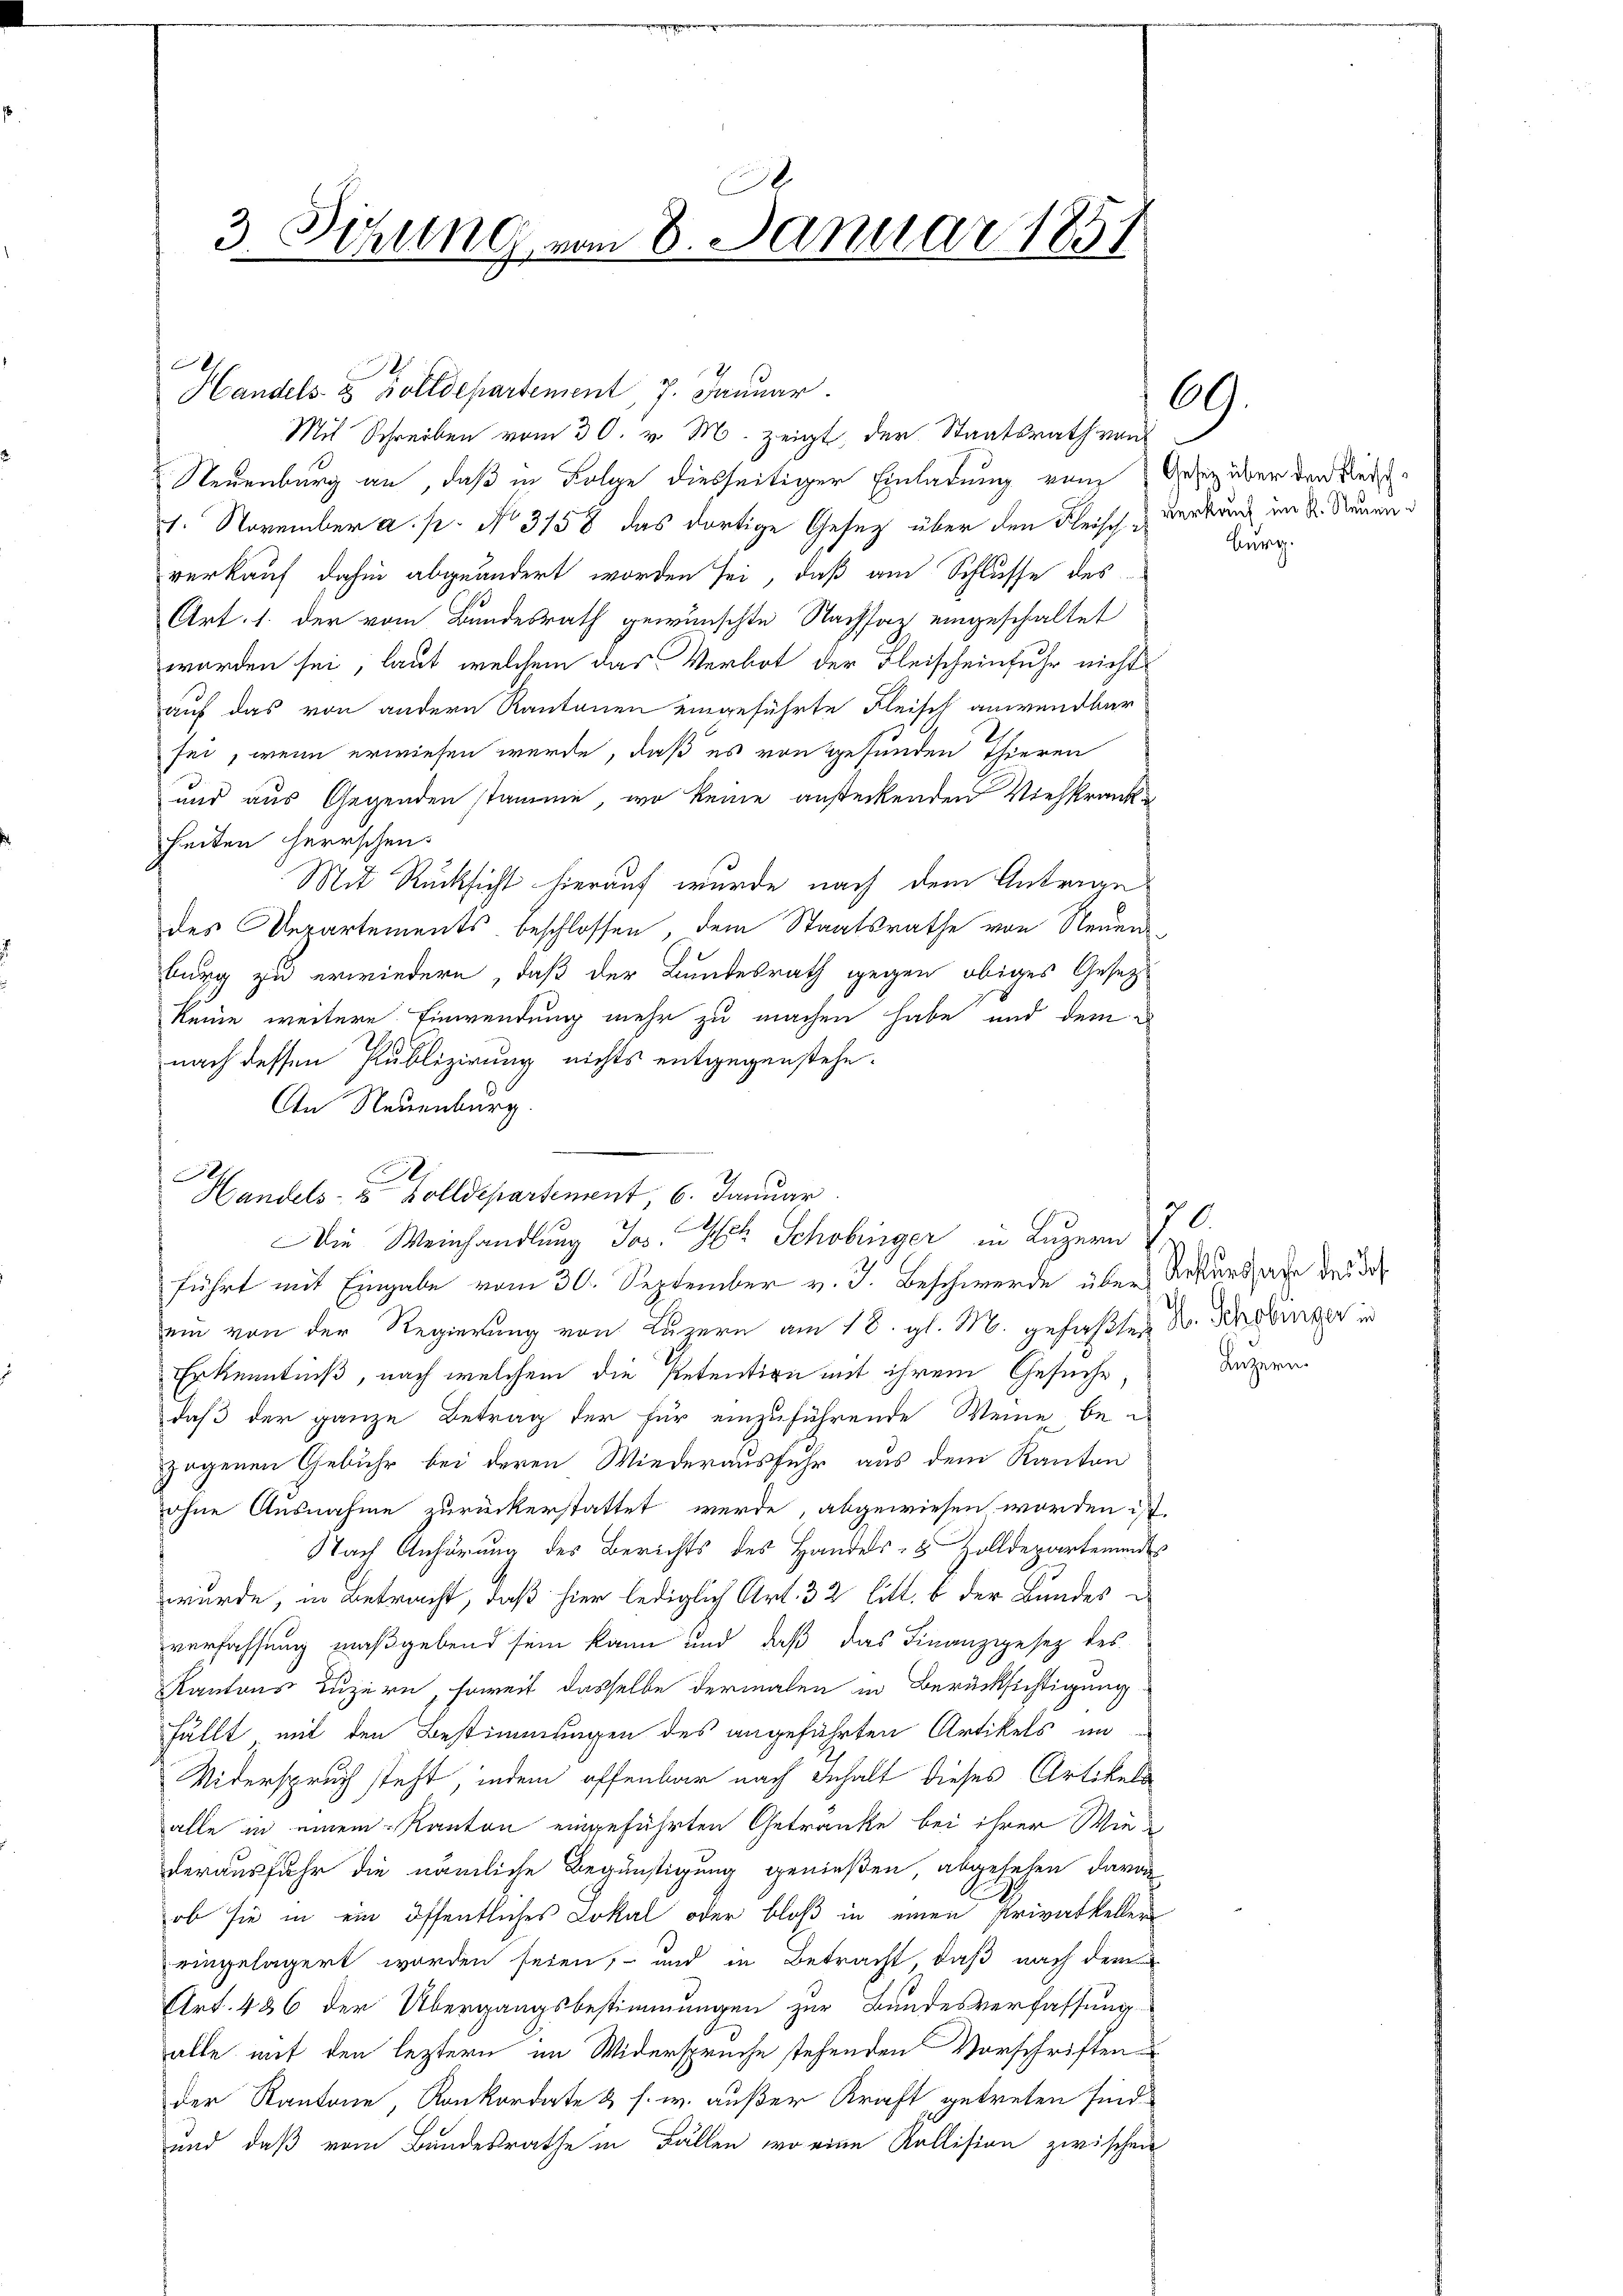
Handels- & Zolldepartement, 7. Januar.
Neuenburg an, daß in Folge diesseitiger Einladung vom Gesitz über den Reich¬
21. November a. p. No 3158 das dortige Gesetz über den Fleisch verbund im S. Sauer
verkauf dahin abgeändert worden sei, daß am Schlusse des
Art. 1. der vom Bundesrath gewünschte Nachsaz eingeschaltet
worden sei, laut welchem das Verbot der Fleischeinfuhr nicht
auf das von andern Kantonen eingeführte Fleisch anwendbar
sei, wenn erwiesen werde, daß es von gefunden Thieren
und aus Gegenden stamme, wo keine ansteckenden Viehkrank-
heiten herrschen.
Mit Rücksicht hierauf wurde nach dem Antrage
des Departements beschlossen, dem Staatsrathe von Neuenburg zu erwiedern, daß der Bundesrath gegen obiges Gesetzkeine weitere Einwendung mehr zu machen habe und dem
nach dessen Publizirung nichts entgegenstehe¬
An Neuenburg.
Handels- Zolldepartement, 6. Januar
führt mit Eingabe vom 30. September v. J. Beschwerde über Rekurssage des das
ein von der Regierung von Luzern am 18. gl. M. gefaßten Dr. Schobinger in
Erkenntniß, nach welchem die Petention mit ihrem Gesuche
daß der ganze Betrag der für einzuführende Weine bei u
gogenen Gebühr bei deren Wiederausfuhr aus dem Kanton
ohne Ausnahme zurückerstattet werde abgewiesen worden ist.
Nach Anhörung des Berichts des Handels- 5 Zolldepartemend
wurde, in Betracht, daß hier lediglich Art. 32 litt. b der Bundes-
verfassung maßgebend sein kann und daß das Finanzgesez des
Kantons Luzern, soweit dasselbe dermalen in Berücksichtigung
fällt, mit den Bestimmungen des angeführten Artikels im
Widerspruch steht, indem offenbar nach Inhalt dieses Artikels
alle in einem Kanton eingeführten Getränke bei ihrer Wiederausfuhr die nämliche Begünstigung genießen, abgesehen, davon
ob sie in ein öffentliches Lokal oder bloß in einen Privatkeller
eingelagert worden seien, und in Betracht, daß nach dem
Art. 486 der Übergangsbestimmungen zur Bandesverfassung
alle mit den leztern im Widerspruche stehenden Vorschriften
der Kantone, Konkordate & s. w. außer Kraft, getreten sind
und daß vom Bundesrathe in Fällen, wo eine Kallision zwischen

A
.
3. Sitzung vom 8. Januar 1851

Mit Schreiben vom 30. v. M. zeigt, der Staatsrath von

Die Weinhandlung Jos. Gst Schobinger in Luzern J. C.

69.

Burg.

Luzer